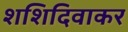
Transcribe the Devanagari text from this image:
शशिदिवाकर